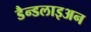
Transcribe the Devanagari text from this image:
डैन्डलाइअन